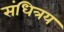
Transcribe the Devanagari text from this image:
संधित्रय